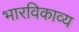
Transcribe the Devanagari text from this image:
भारविकाव्य